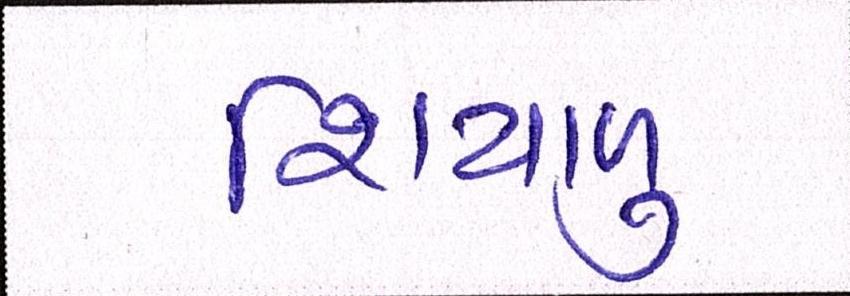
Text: શિયાળુ